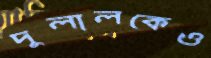
দুলালকেও